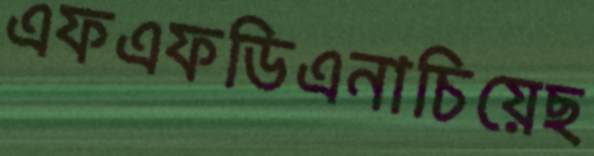
এফএফডিএনাচিয়েছ